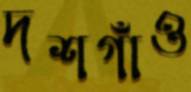
দশগাঁও